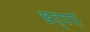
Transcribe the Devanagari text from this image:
खट्टर।